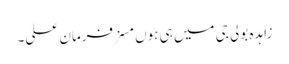
زاہدہ بولی جی میں ہی ہوں مسز فرمان علی۔